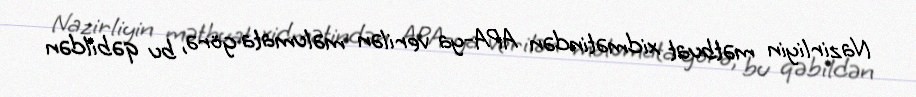
Nazirliyin mətbuat xidmətindən APA-ya verilən məlumata görə, bu qəbildən